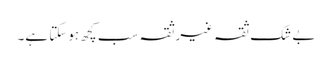
بے شک ثقہ غیرثقہ سب کچھ ہوسکتا ہے۔